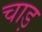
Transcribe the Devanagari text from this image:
चाड़